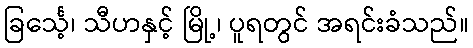
ခြင်္သေ့၊ သီဟနှင့် မြို့၊ ပူရတွင် အရင်းခံသည်။